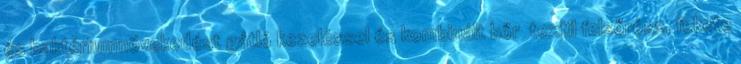
és baktériumnövekedést gátló kezeléssel és kombinált bőr textil felsőrész, fekete